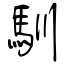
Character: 馴